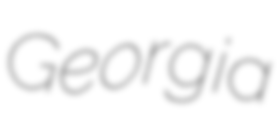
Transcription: Georgia